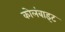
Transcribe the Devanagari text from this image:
कोलंबाइट